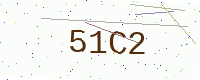
Text: 51C2